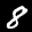
Label: 8